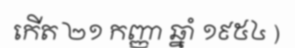
កើត ២១ កញ្ញា ឆ្នាំ ១៩៥៤ )